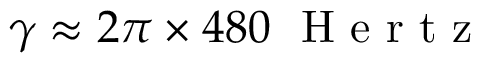
\gamma \approx 2 \pi \times 4 8 0 ~ \mathrm { ~ H ~ e ~ r ~ t ~ z ~ }